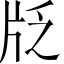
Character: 𱭚